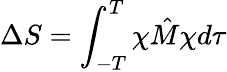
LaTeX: \Delta S=\int_{-T}^{T}\chi\hat{M}\chi d\tau